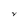
Character: V